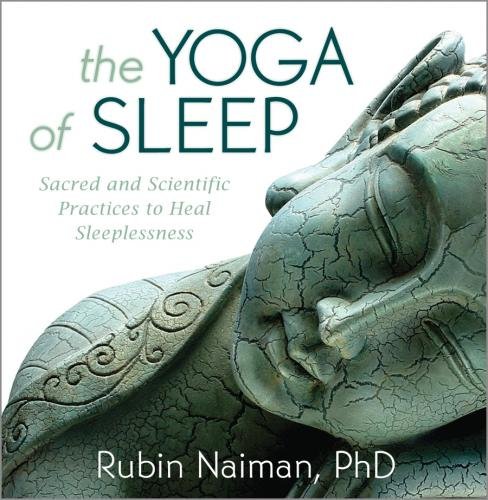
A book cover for The Yoga of Sleep: Sacred and Scientific Practices to Heal Sleeplessness; Rubin Naiman; Health, Fitness & Dieting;